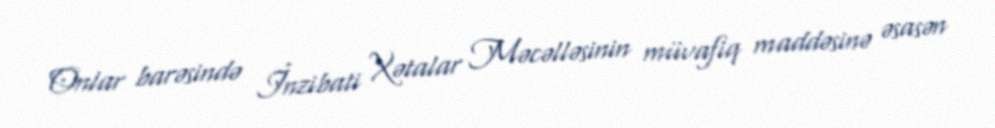
Onlar barəsində İnzibati Xətalar Məcəlləsinin müvafiq maddəsinə əsasən